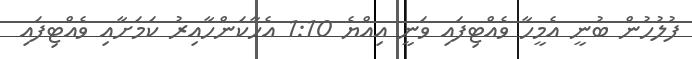
ފުލުހުން ބުނީ އެމީހާ ވެއްޓިފައި ވަނީ އިއްޔެ 1:10 އެހާކަންހާއިރު ކަމަށާއި ވެއްޓިފައި